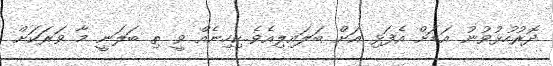
ދޮރުހުޅުވުނު އަޑަށް އެފަޅި އަށް ބަލައިލިއެވެ..ކިހިނެއް ވީ ތި ބަލަނީ މާ ވަރަކަށް